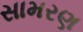
સામરણ